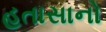
હતાસાનો